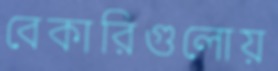
বেকারিগুলোয়